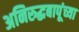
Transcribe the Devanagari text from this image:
अनिरुद्धबापूंच्या